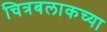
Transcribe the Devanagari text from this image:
चित्रबलाकच्या